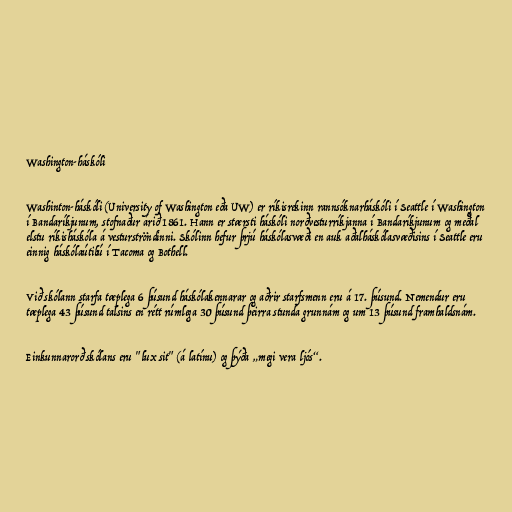
Washington-háskóli

Washinton-háskóli (University of Washington eða UW) er ríkisrekinn rannsóknarháskóli í Seattle í Washington
í Bandaríkjunum, stofnaður árið 1861. Hann er stærsti háskóli norðvesturríkjanna í Bandaríkjunum og meðal
elstu ríkisháskóla á vesturströndinni. Skólinn hefur þrjú háskólasvæði en auk aðalháskólasvæðisins í Seattle eru
einnig háskólaútibú í Tacoma og Bothell.

Við skólann starfa tæplega 6 þúsund háskólakennarar og aðrir starfsmenn eru á 17. þúsund. Nemendur eru
tæplega 43 þúsund talsins en rétt rúmlega 30 þúsund þeirra stunda grunnám og um 13 þúsund framhaldsnám.

Einkunnarorð skólans eru "lux sit" (á latínu) og þýða „megi vera ljós“.